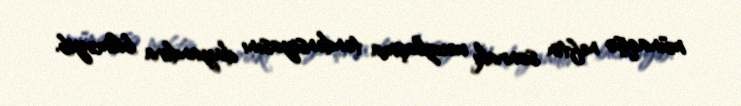
münaqişə neftin sonrakı ucuzlaşma tendensiyasını dayandıra bilməyib.